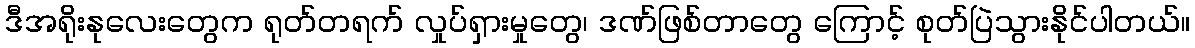
ဒီအရိုးနုလေးတွေက ရုတ်တရက် လှုပ်ရှားမှုတွေ၊ ဒဏ်ဖြစ်တာတွေ ကြောင့် စုတ်ပြဲသွားနိုင်ပါတယ်။